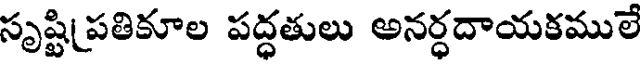
సృష్టిపతికూల పద్ధతులు అనర్ధదాయకములే